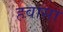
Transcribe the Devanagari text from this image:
हवासा